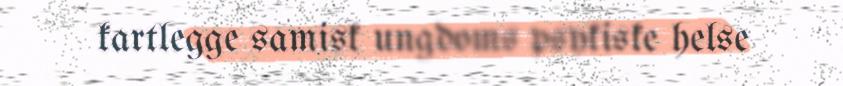
kartlegge samisk ungdoms psykiske helse